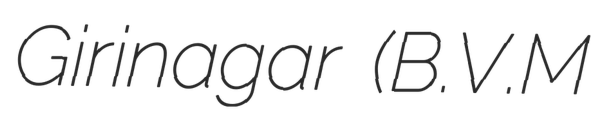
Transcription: Girinagar (B.V.M